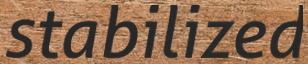
stabilized